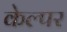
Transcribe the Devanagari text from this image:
केल्पर